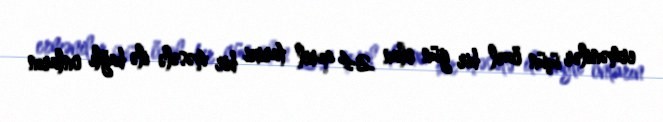
ermənilər üçün özəl bir gün olan 24 aprel tarixi bir məsələ ilə bağlı onların